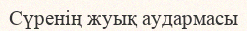
Сүренің жуық аудармасы